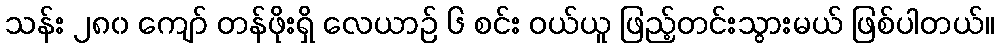
သန်း ၂၈၀ ကျော် တန်ဖိုးရှိ လေယာဉ် ၆ စင်း ဝယ်ယူ ဖြည့်တင်းသွားမယ် ဖြစ်ပါတယ်။